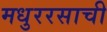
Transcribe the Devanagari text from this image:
मधुररसाची